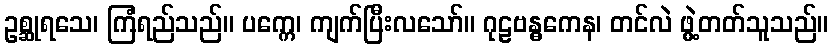
ဥစ္ဆုရသေ၊ ကြံရည်သည်။ ပက္ကေ၊ ကျက်ပြီးလသော်။ ဂုဠဗန္ဓကေန၊ တင်လဲ ဖွဲ့တတ်သူသည်။